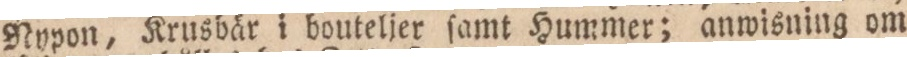
Nypon, Krusbär i bouteljer ſamt Hummer; anwisning om